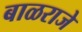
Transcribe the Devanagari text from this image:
बाळराजे